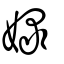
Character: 娽